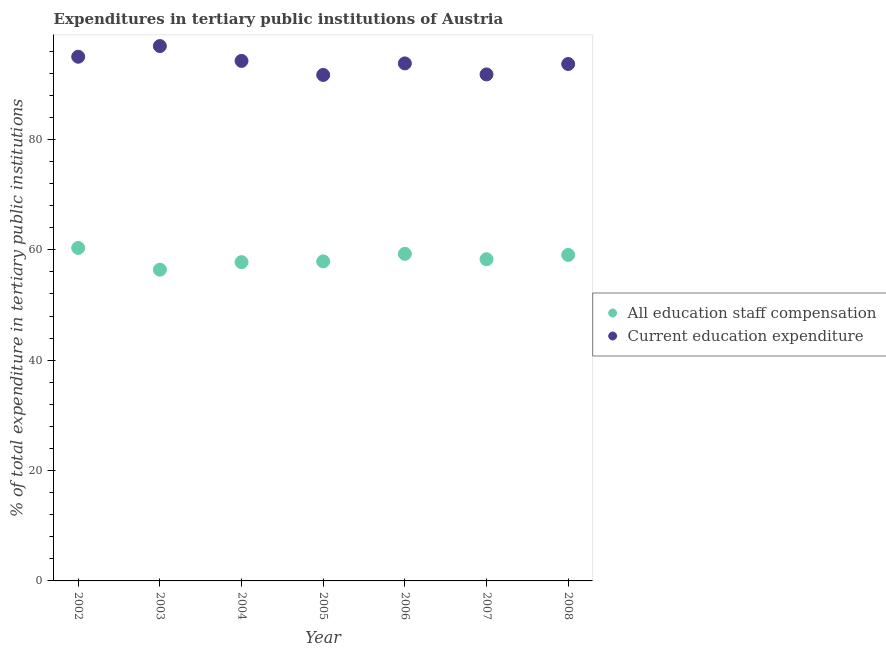
| Year | All education staff compensation | Current education expenditure |
 | --- | --- | --- |
 | 2002 | 60.3 | 95 |
 | 2003 | 56.4 | 96.9 |
 | 2004 | 57.8 | 94.2 |
 | 2005 | 57.9 | 91.7 |
 | 2006 | 59.3 | 93.8 |
 | 2007 | 58.3 | 91.8 |
 | 2008 | 59.1 | 93.7 |